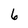
Character: 6